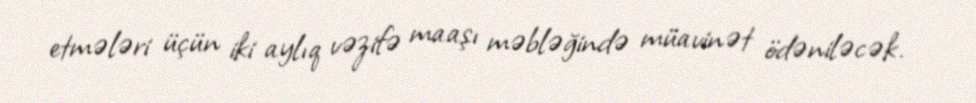
etmələri üçün iki aylıq vəzifə maaşı məbləğində müavinət ödəniləcək.